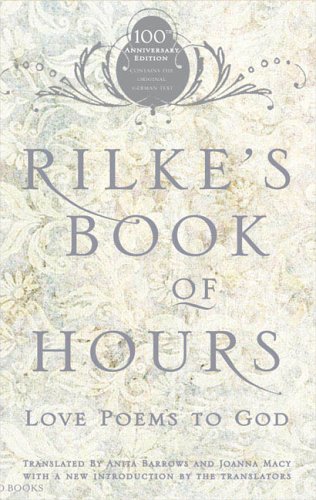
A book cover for Rilke's Book of Hours: Love Poems to God; Anita Barrows; Literature & Fiction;